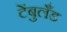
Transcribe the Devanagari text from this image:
टेंबुलँड